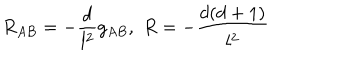
R _ { A B } = - \frac { d } { l ^ { 2 } } g _ { A B } , \, \, R = - \frac { d ( d + 1 ) } { l ^ { 2 } }